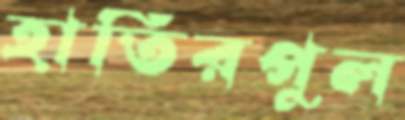
হাতিরপুল